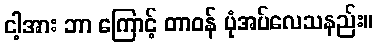
ငါ့အား ဘာ ကြောင့် တာဝန် ပုံအပ်လေသနည်း။